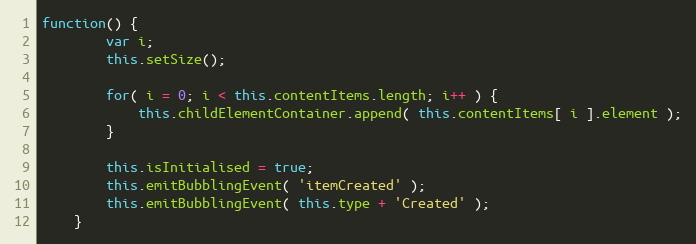
Language: JavaScript
function() {
		var i;
		this.setSize();

		for( i = 0; i < this.contentItems.length; i++ ) {
			this.childElementContainer.append( this.contentItems[ i ].element );
		}

		this.isInitialised = true;
		this.emitBubblingEvent( 'itemCreated' );
		this.emitBubblingEvent( this.type + 'Created' );
	}